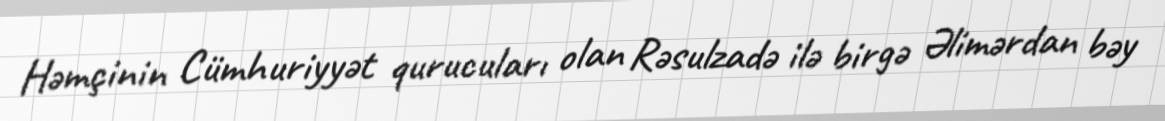
Həmçinin Cümhuriyyət qurucuları olan Rəsulzadə ilə birgə Əlimərdan bəy